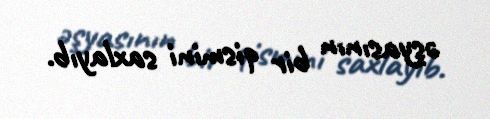
əşyasının bir qismini saxlayıb.